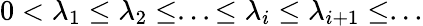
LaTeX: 0<\lambda_{1}\leq\lambda_{2}\leq...\leq\lambda_{i}\leq\lambda_{i+1}\leq...